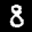
Label: 8